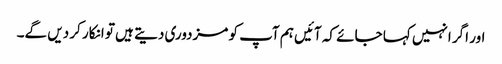
اور اگر انہیں کہا جائے کہ آئیں ہم آپ کو مزدوری دیتے ہیں تو انکار کر دیں گے۔